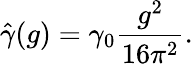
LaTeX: \hat{\gamma}(g)=\gamma_{0}\frac{g^{2}}{16\pi^{2}}.